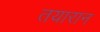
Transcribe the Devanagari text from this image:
तयारान